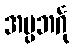
အပ္ပဘင်္ဂု